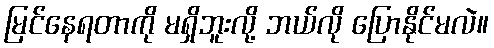
မြင်နေရတာကို မရှိဘူးလို့ ဘယ်လို ပြောနိုင်မလဲ။